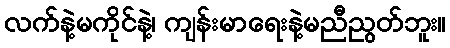
လက်နဲ့မကိုင်နဲ့၊ ကျန်းမာရေးနဲ့မညီညွတ်ဘူး။